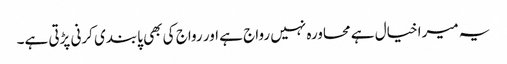
یہ میرا خیال ہے محاورہ نہیں رواج ہے اور رواج کی بھی پابندی کرنی پڑتی ہے۔